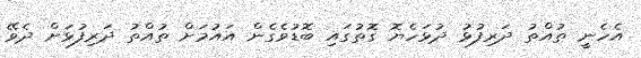
އެހެނީ ތުއްތު ދަރިފުޅު ދުޅަހެޔޮ ގޮތުގައި ބޮޑުވެގެން އައުމަށް ތުއްތު ދަރިފުޅަށް ދެވޭ